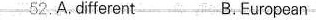
2.A.Different B.European